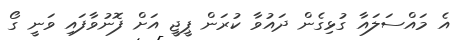
އެ މައްސަލައާ ގުޅިގެން ދައުވާ ކުރަން ޕީޖީ އަށް ފޮނުވާފައި ވަނީ ގޯ